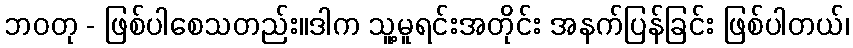
ဘဝတု - ဖြစ်ပါစေသတည်း။ဒါက သူ့မူရင်းအတိုင်း အနက်ပြန်ခြင်း ဖြစ်ပါတယ်၊